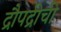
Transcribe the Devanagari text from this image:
द्रौपद्रीची